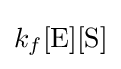
k_{f}[{\ce {E}}][{\ce {S}}]